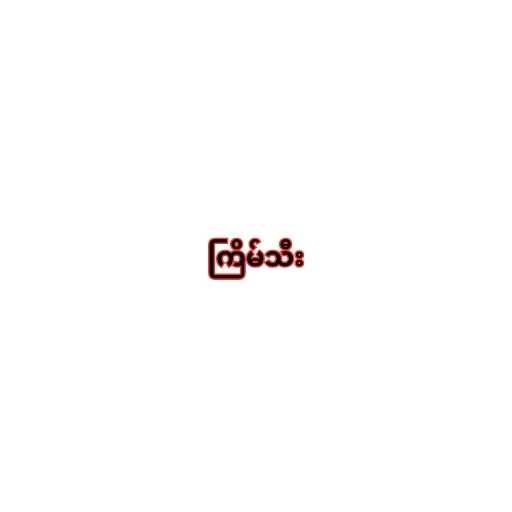
ကြိမ်သီး